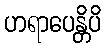
ဟရာပေန္တိပိ